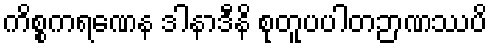
ကိစ္စကရဏေန ဒါနာဒီနိ စုတူပပါတဉာဏဿပိ